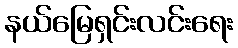
နယ်မြေရှင်းလင်းရေး